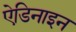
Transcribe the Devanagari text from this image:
ऐडिनाइन